Statistical return of the lunatic asylum in Assam - 1912-1932
Year: 1912
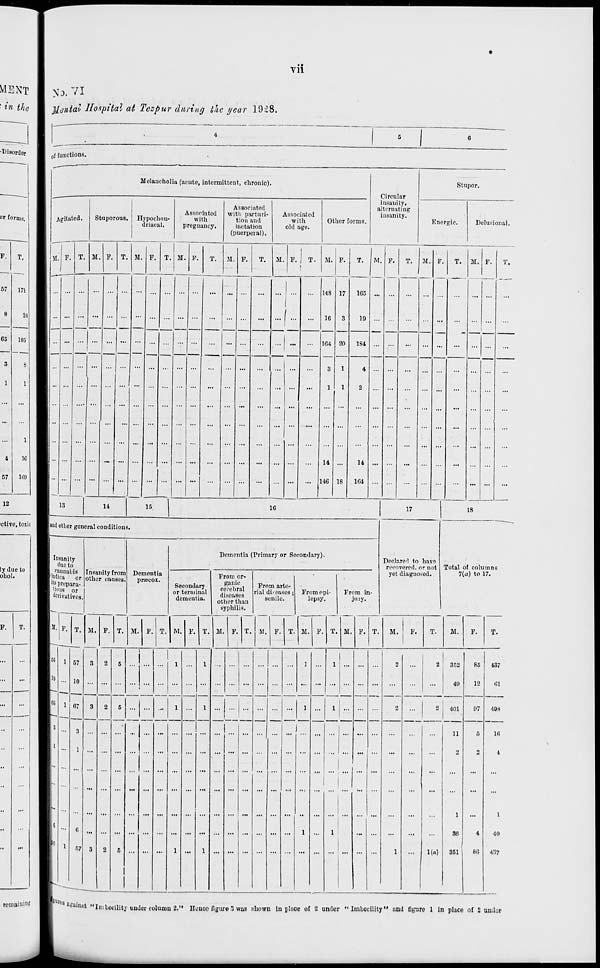
vii
y>. vi
tfenidi Hospital at Tezpur during the year 1928.
171
21
1H,1
1
1G
1(19
0 f functions.
Melancholia (acute, intermittent, chronic).
Circul ar
Stupor.
Agitated.
Stuporous. Hypochon-
driacal.
Associated
with
pregnancy.
Associated
with parturi-
tion and
lactation
(puerperal).
Associated
with
old age.
Other forms.
insanity,
alternating
insanity.
Energic.
Delusional.
M. F. T. M. F. T. M. F. T. M. V.
T.
At. F. T. M. F. T. M. F. T. M. F. T. M. F. T. M. F. T.
...
...
...
...
...
...
...
...
...
...
...
...
...
f
148
16
164
3
1
14
146
17
3
20
1
1
18
165
19
—
...
...
...
...
...
184
...
...
...
...
4
2
14
164
...
:
...
...
...
...
13
14
15
1
1G
17
18
ictive, toxio I | and other genera! conditions.
Insanity
due to
I. p aunabiR
indica
or
lts prepara-
tions or
derivatives.
Insanity from
other causes.
Dementia
priecox.
Dementia (Primary or Secondary).
Secondary
or terminal
dementia.
From or-
ganic
cerebral
diseases
other than
syphilis.
From arte-
rial diseases;
senile.
From epi-
lepsy.
From in-
jury.
Declare^! to have
recovered, or not
yet diagnosed.
Total of columns
7(a) to 17.
«. I
It.
T. M. F.
M.
T. M.
V.
M. V. T. M.
M. ! F.
M.
0
57
—
...
]
1
1
2
352
85
487
49
12
61
...
2
401
1)7
498
...
11
5
1(1
...
o
o
4
1
1
...
...
96
4
40
l(») 351 ' 80 437
I
ai ' aillHt "Imbecility under column S." Honco figure 3 was nhown in place of I under " Imuocility" uud figure 1 in place of 2 umlor